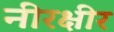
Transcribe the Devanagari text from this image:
नीरक्षीर